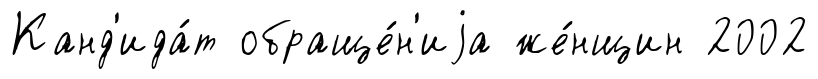
Канд'ида́т обраще́н'иjа же́нщин 2002